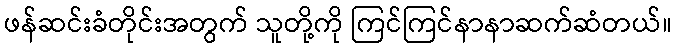
ဖန်ဆင်းခံတိုင်းအတွက် သူတို့ကို ကြင်ကြင်နာနာဆက်ဆံတယ်။